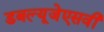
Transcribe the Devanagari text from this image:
डबल्यूजेएसवी